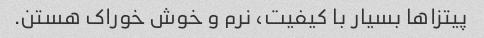
پیتزا‌ها بسیار با کیفیت، نرم و خوش خوراک هستن.